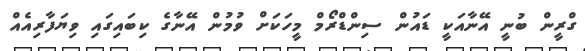
ގްރީން ބުނީ އޭނާއަކީ ޑައުން ސިންޑްރޯމް މީހަކަށް ވުމުން އޭނާގެ ކިބައިގައި ވިޔަފާރިއެއް